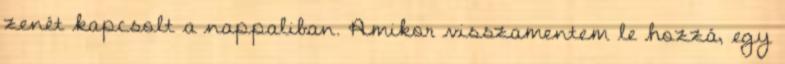
zenét kapcsolt a nappaliban. Amikor visszamentem le hozzá, egy